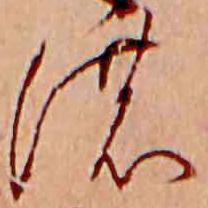
の